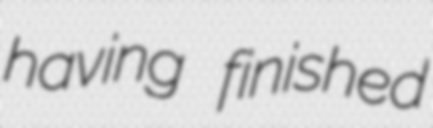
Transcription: having finished